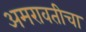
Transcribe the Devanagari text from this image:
अमरावतीचा